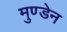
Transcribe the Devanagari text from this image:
मुण्‍डेन